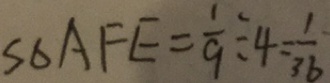
S _ { \Delta } A F E = \frac { 1 } { 9 } \div 4 = \frac { 1 } { 3 6 }